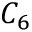
C _ { 6 }